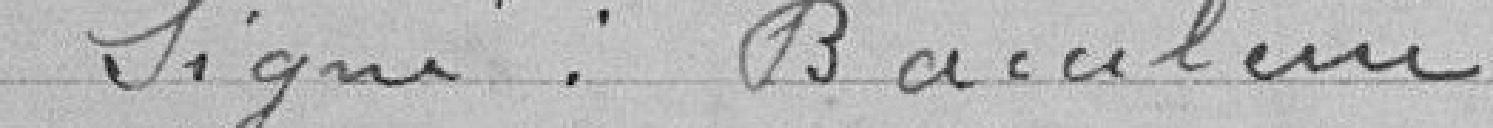
Signé :